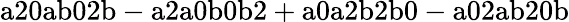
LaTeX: \mathrm{a20ab02b-a2a0b0b2+a0a2b2b0-a02ab20b}